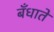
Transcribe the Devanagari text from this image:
बँधाते